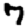
Digit: 7